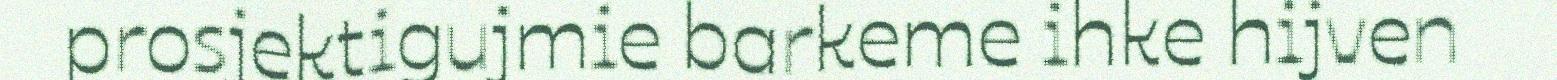
prosjektigujmie barkeme ihke hijven